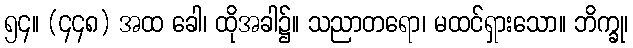
၅၄။ (၄၄၈) အထ ခေါ၊ ထိုအခါ၌။ သညာတရော၊ မထင်ရှားသော။ ဘိက္ခု၊